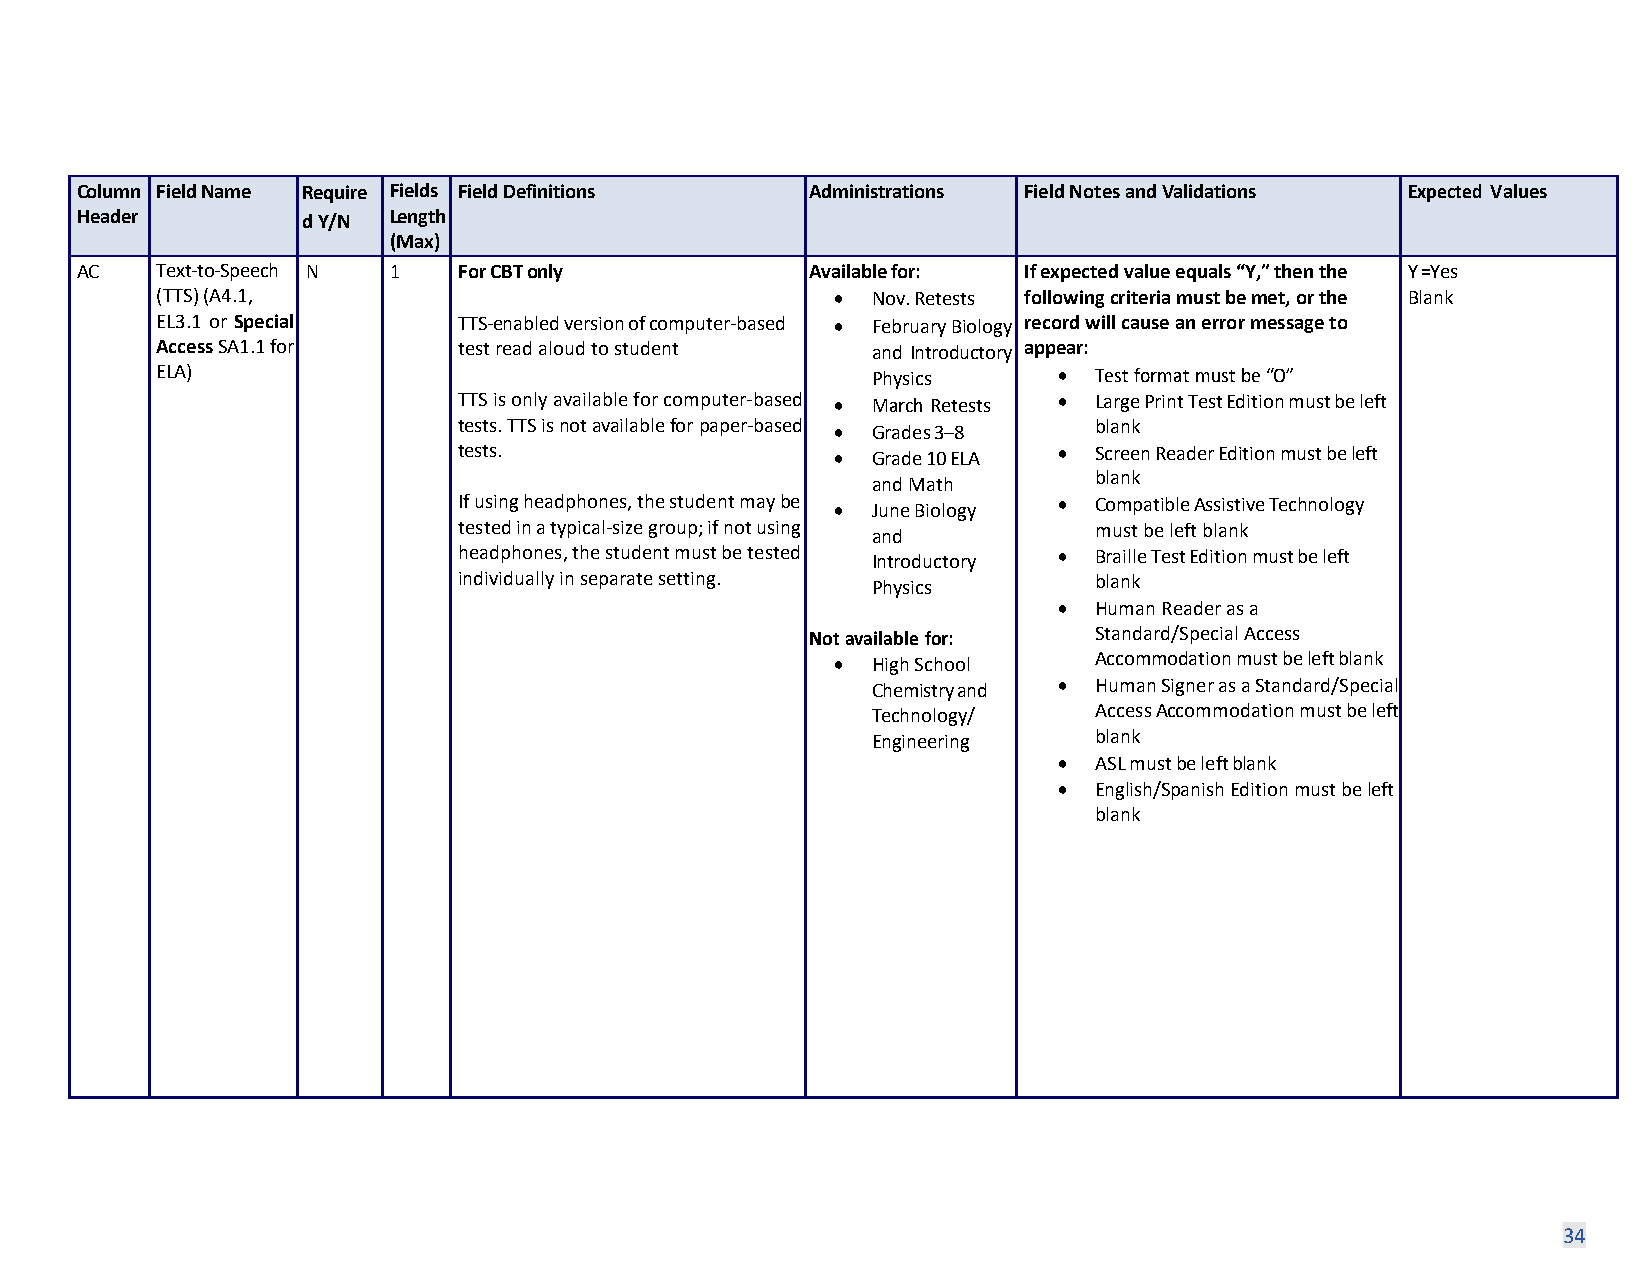
Column Field Name Require Fields Field Definitions Administrations Field Notes and Validations Expected Values
 Header         d Y/N Length
 (Max)
 AC   Text-to-Speech N 1  For CBT only            Available for: If expected value equals “Y,” then the Y =Yes
 (TTS) (A4.1,                                 •  Nov. Retests following criteria must be met, or the Blank
 EL3.1 or Special    TTS-enabled version of computer-based • February Biology record will cause an error message to
 Access SA1.1 for    test read aloud to student  and Introductory appear:
 ELA)                                            Physics     • Test format must be “O”
 TTS is only available for computer-based • March Retests • Large Print Test Edition must be left
 tests. TTS is not available for paper-based • Grades 3–8 blank
 tests.                   •  Grade 10 ELA • Screen Reader Edition must be left
 blank
 and Math
 If using headphones, the student may be • June Biology • Compatible Assistive Technology
 tested in a typical-size group; if not using and must be left blank
 headphones, the student must be tested Introductory • Braille Test Edition must be left
 individually in separate setting. Physics blank
 • Human Reader as a
 Not available for: Standard/Special Access
 •  High School   Accommodation must be left blank
 Chemistry and • Human Signer as a Standard/Special
 Technology/   Access Accommodation must be left
 Engineering   blank
 • ASL must be left blank
 • English/Spanish Edition must be left
 blank
 34